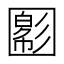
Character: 𡈪